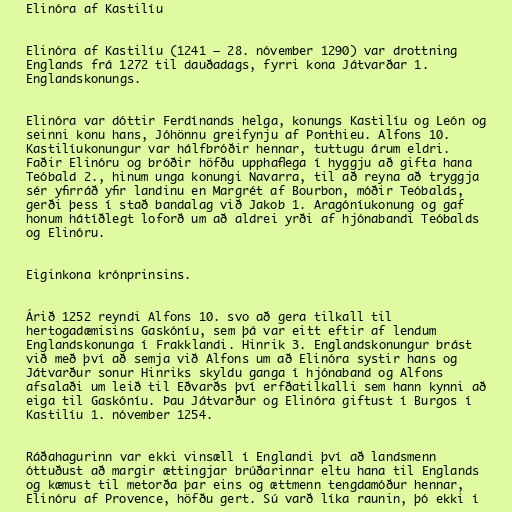
Elinóra af Kastilíu

Elinóra af Kastilíu (1241 – 28. nóvember 1290) var drottning
Englands frá 1272 til dauðadags, fyrri kona Játvarðar 1.
Englandskonungs.

Elinóra var dóttir Ferdínands helga, konungs Kastilíu og León og
seinni konu hans, Jóhönnu greifynju af Ponthieu. Alfons 10.
Kastilíukonungur var hálfbróðir hennar, tuttugu árum eldri.
Faðir Elinóru og bróðir höfðu upphaflega í hyggju að gifta hana
Teóbald 2., hinum unga konungi Navarra, til að reyna að tryggja
sér yfirráð yfir landinu en Margrét af Bourbon, móðir Teóbalds,
gerði þess í stað bandalag við Jakob 1. Aragóníukonung og gaf
honum hátíðlegt loforð um að aldrei yrði af hjónabandi Teóbalds
og Elinóru.

Eiginkona krónprinsins.

Árið 1252 reyndi Alfons 10. svo að gera tilkall til
hertogadæmisins Gaskóníu, sem þá var eitt eftir af lendum
Englandskonunga í Frakklandi. Hinrik 3. Englandskonungur brást
við með því að semja við Alfons um að Elinóra systir hans og
Játvarður sonur Hinriks skyldu ganga í hjónaband og Alfons
afsalaði um leið til Eðvarðs því erfðatilkalli sem hann kynni að
eiga til Gaskóníu. Þau Játvarður og Elinóra giftust í Burgos í
Kastilíu 1. nóvember 1254.

Ráðahagurinn var ekki vinsæll í Englandi því að landsmenn
óttuðust að margir ættingjar brúðarinnar eltu hana til Englands
og kæmust til metorða þar eins og ættmenn tengdamóður hennar,
Elinóru af Provence, höfðu gert. Sú varð líka raunin, þó ekki í